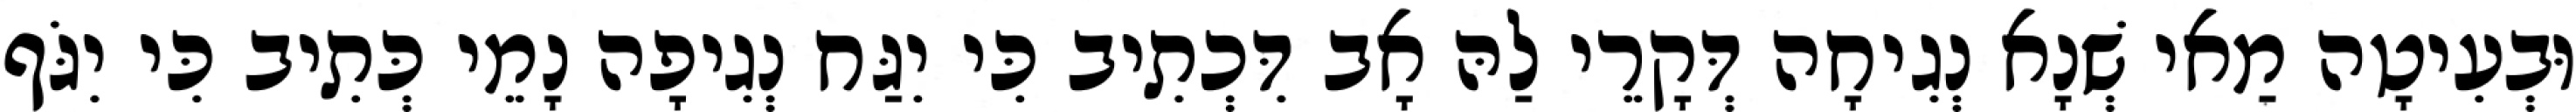
וּבְעִיטָה מַאי שְׁנָא נְגִיחָה דְּקָרֵי לַהּ אָב דִּכְתִיב כִּי יִגַּח נְגִיפָה נָמֵי כְּתִיב כִּי יִגֹּף